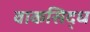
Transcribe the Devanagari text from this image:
वाकसिद्ध